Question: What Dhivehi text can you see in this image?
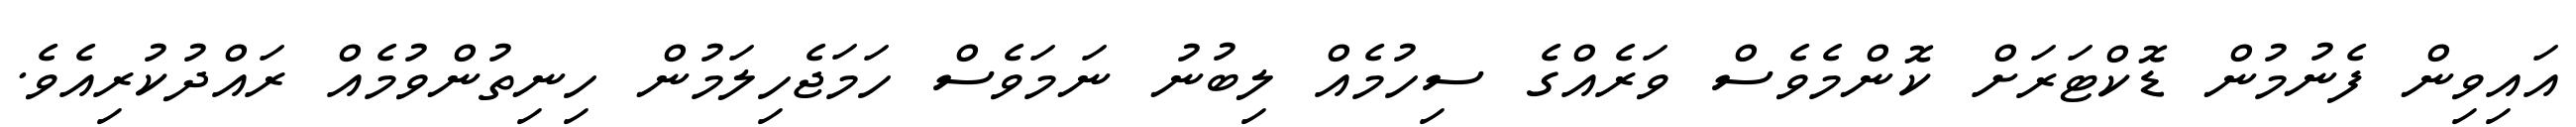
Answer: އައިވިން ފެނުމުން ޑޮކްޓަރަށް ކޮންމެވެސް ވަރެއްގެ ސިހުމެއް ލިބުނު ނަމަވެސް ހަމަޖެހިލަމުން ހިނިތުންވުމެއް ރައްދުކުރިއެވެ.